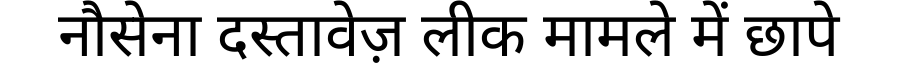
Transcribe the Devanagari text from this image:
नौसेना दस्तावेज़ लीक मामले में छापे